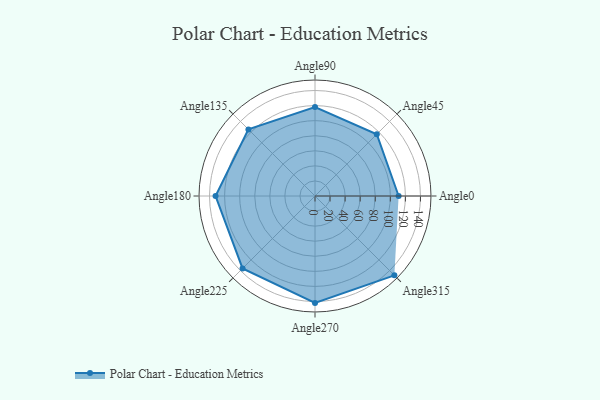
{"axis": {"x": "Angle", "y": "Radius"}, "legend": [""], "data": [{"x": "Angle0", "y": 111.0, "type": ""}, {"x": "Angle45", "y": 116.0, "type": ""}, {"x": "Angle90", "y": 118.0, "type": ""}, {"x": "Angle135", "y": 125.0, "type": ""}, {"x": "Angle180", "y": 132.0, "type": ""}, {"x": "Angle225", "y": 136.0, "type": ""}, {"x": "Angle270", "y": 142.0, "type": ""}, {"x": "Angle315", "y": 149.0, "type": ""}]}